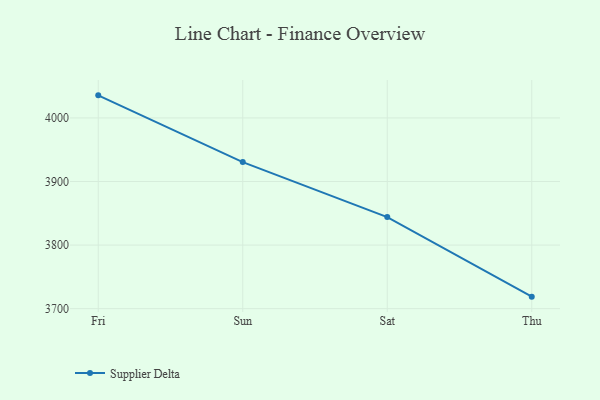
{"axis": {"x": "Day", "y": "LTV (USD)"}, "legend": ["Supplier Delta"], "data": [{"x": "Fri", "y": 4035.5, "type": "Supplier Delta"}, {"x": "Sun", "y": 3930.5, "type": "Supplier Delta"}, {"x": "Sat", "y": 3844.0, "type": "Supplier Delta"}, {"x": "Thu", "y": 3718.9, "type": "Supplier Delta"}]}